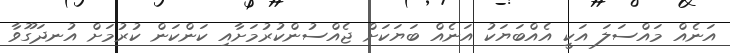
އަނެއް މައްސަލަ އަކީ އެއްބަޔަކު އަނެއް ބަޔަކަށް ޖެއްސުންކުރުމަށާއި ކަންކަން ކުރުމަށް އުނދަގޫވާ